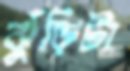
ঝুঁড়িটা